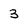
Character: 3